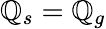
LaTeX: \mathbb{Q}_{s}=\mathbb{Q}_{g}